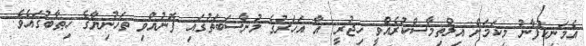
އެމަނިކުފާނު މިކަމަށް އިލްތިމާސްކުރެއްވީ ހިޖުރީ އާ އަހަރުގެ މުނާސަބަތުގައި ފޮނުއްވި ތަހުނިޔާގެ ޚިޠާބުގައެވެ.